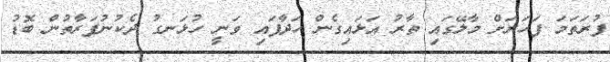
ފުރަތަމަ ފަހަރަށް މާލޭގައި ތާރު އަޅައިގެން ހަދާފައި ވަނީ ހުޅަނގު ދެކުނުފަރާތުން ބޮޑު